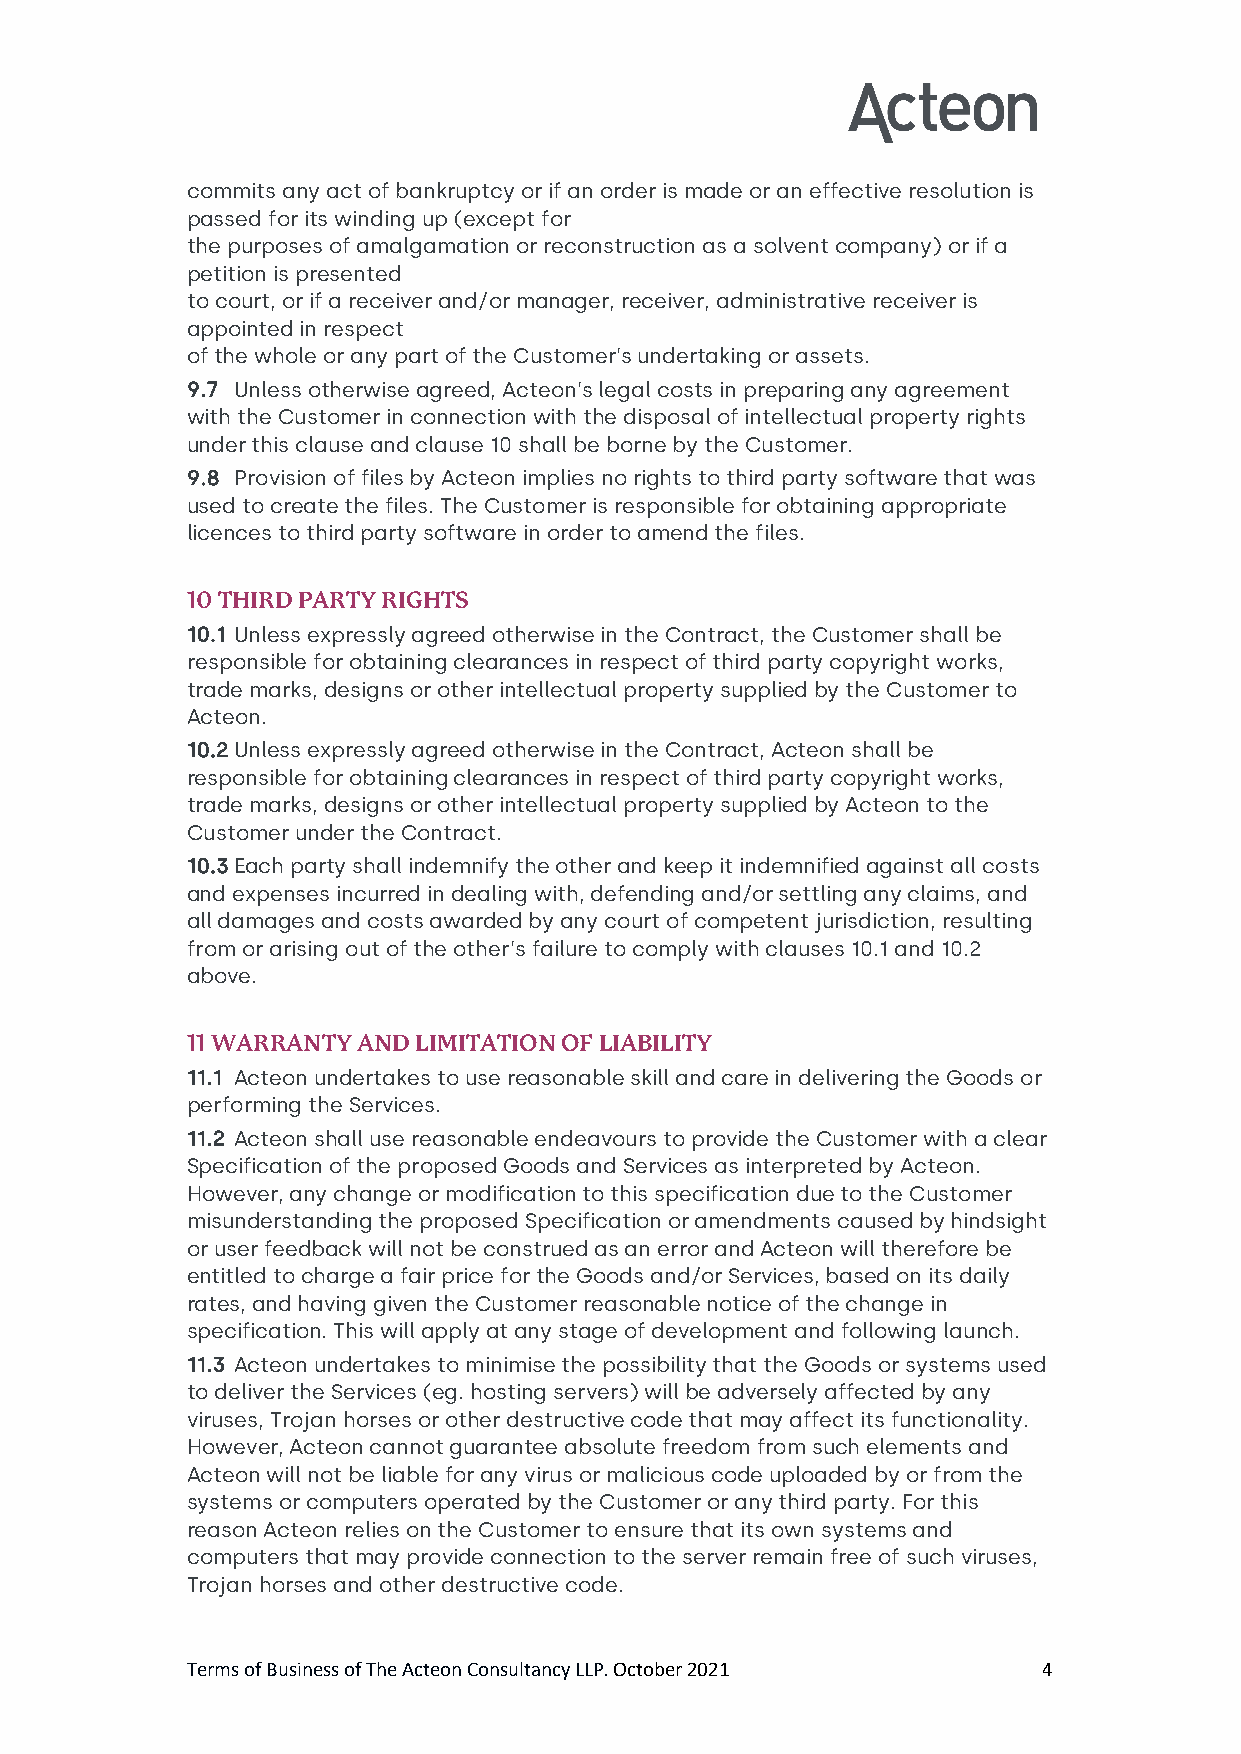
commits any act of bankruptcy or if an order is made or an effective resolution is
 passed for its winding up (except for
 the purposes of amalgamation or reconstruction as a solvent company) or if a
 petition is presented
 to court, or if a receiver and/or manager, receiver, administrative receiver is
 appointed in respect
 of the whole or any part of the Customer’s undertaking or assets.
 9.7 Unless otherwise agreed, Acteon’s legal costs in preparing any agreement
 with the Customer in connection with the disposal of intellectual property rights
 under this clause and clause 10 shall be borne by the Customer.
 9.8 Provision of files by Acteon implies no rights to third party software that was
 used to create the files. The Customer is responsible for obtaining appropriate
 licences to third party software in order to amend the files.
 10 THIRD PARTY RIGHTS
 10.1 Unless expressly agreed otherwise in the Contract, the Customer shall be
 responsible for obtaining clearances in respect of third party copyright works,
 trade marks, designs or other intellectual property supplied by the Customer to
 Acteon.
 10.2 Unless expressly agreed otherwise in the Contract, Acteon shall be
 responsible for obtaining clearances in respect of third party copyright works,
 trade marks, designs or other intellectual property supplied by Acteon to the
 Customer under the Contract.
 10.3 Each party shall indemnify the other and keep it indemnified against all costs
 and expenses incurred in dealing with, defending and/or settling any claims, and
 all damages and costs awarded by any court of competent jurisdiction, resulting
 from or arising out of the other’s failure to comply with clauses 10.1 and 10.2
 above.
 11 WARRANTY AND LIMITATION OF LIABILITY
 11.1 Acteon undertakes to use reasonable skill and care in delivering the Goods or
 performing the Services.
 11.2 Acteon shall use reasonable endeavours to provide the Customer with a clear
 Specification of the proposed Goods and Services as interpreted by Acteon.
 However, any change or modification to this specification due to the Customer
 misunderstanding the proposed Specification or amendments caused by hindsight
 or user feedback will not be construed as an error and Acteon will therefore be
 entitled to charge a fair price for the Goods and/or Services, based on its daily
 rates, and having given the Customer reasonable notice of the change in
 specification. This will apply at any stage of development and following launch.
 11.3 Acteon undertakes to minimise the possibility that the Goods or systems used
 to deliver the Services (eg. hosting servers) will be adversely affected by any
 viruses, Trojan horses or other destructive code that may affect its functionality.
 However, Acteon cannot guarantee absolute freedom from such elements and
 Acteon will not be liable for any virus or malicious code uploaded by or from the
 systems or computers operated by the Customer or any third party. For this
 reason Acteon relies on the Customer to ensure that its own systems and
 computers that may provide connection to the server remain free of such viruses,
 Trojan horses and other destructive code.
 Terms of Business of The Acteon Consultancy LLP. October 2021 4